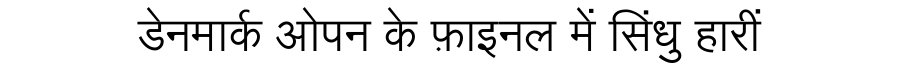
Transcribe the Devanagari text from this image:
डेनमार्क ओपन के फ़ाइनल में सिंधु हारीं